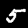
Label: 5